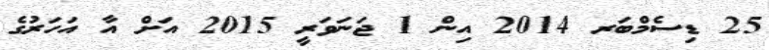
25 ޑިސެމްބަރ 2014 އިން 1 ޖަނަވަރީ 2015 އަށް އާ އަހަރުގެ